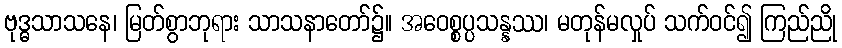
ဗုဒ္ဓသာသနေ၊ မြတ်စွာဘုရား သာသနာတော်၌။ အဝေစ္စပ္ပသန္နဿ၊ မတုန်မလှုပ် သက်ဝင်၍ ကြည်ညို